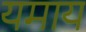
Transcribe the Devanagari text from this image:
यमाय